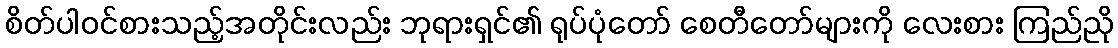
စိတ်ပါဝင်စားသည့်အတိုင်းလည်း ဘုရားရှင်၏ ရုပ်ပုံတော် စေတီတော်များကို လေးစား ကြည်ညို